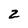
Character: 2